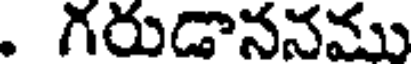
. గరుడాననము